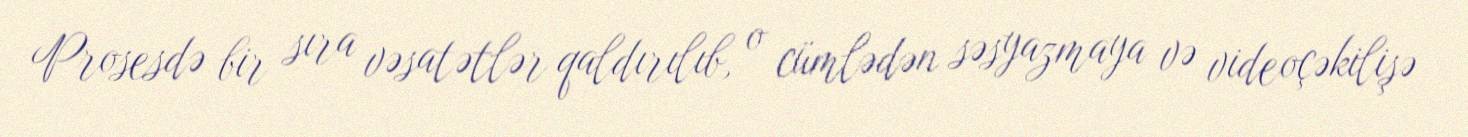
Prosesdə bir sıra vəsatətlər qaldırılıb, o cümlədən səsyazmaya və videoçəkilişə